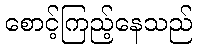
စောင့်ကြည့်နေသည်